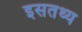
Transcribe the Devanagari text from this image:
इसतथ्य